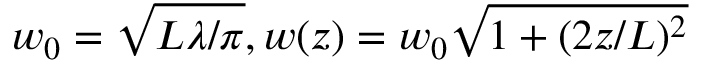
w _ { 0 } = \sqrt { L \lambda / \pi } , w ( z ) = w _ { 0 } \sqrt { 1 + ( 2 z / L ) ^ { 2 } }